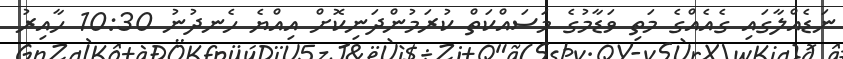
ނަޑެއްލާގައި ގެއެއްގެ މަތި ވަޑާމުގެ މަސައްކަތް ކުރަމުންދަނިކޮށް އިއްޔެ ހެނދުނު 10:30 ހާއިރު